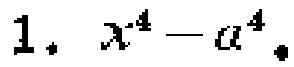
$1.\ x^{4}-a^{4}.$